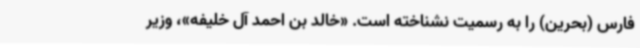
فارس (بحرین) را به رسمیت نشناخته است. «خالد بن احمد آل خلیفه»، وزیر